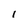
Character: l